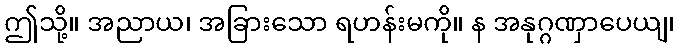
ဤသို့။ အညာယ၊ အခြားသော ရဟန်းမကို။ န အနုဂ္ဂဏှာပေယျ၊